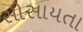
સોસાયતા